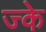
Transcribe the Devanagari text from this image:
ज्के